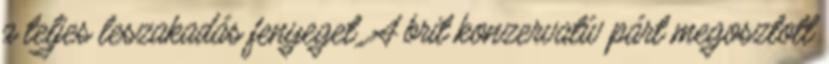
a teljes leszakadás fenyeget. A brit konzervatív párt megosztott